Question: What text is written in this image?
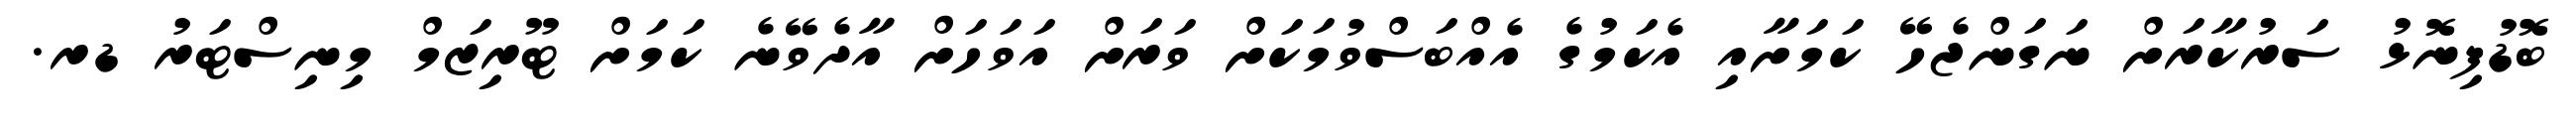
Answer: ބޮޑުފިނޮޅު ސަރުކާރަށް ނަގަންޖެހޭ ކަމަށާއި އެކަމުގެ އެއްބަސްވުމަކަށް ވަރަށް އަވަހަށް އާދެވޭނެ ކަމަށް ޓޫރިޒަމް މިނިސްޓަރު ޑރ.